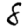
Digit: 8